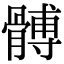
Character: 髆